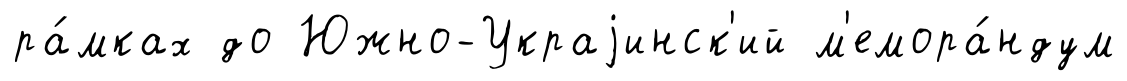
ра́мках до Южно-Украjинск'ий м'емора́ндум